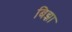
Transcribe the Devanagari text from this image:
बिझा